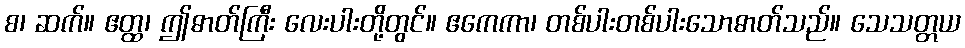
စ၊ ဆက်။ ဧတ္ထ၊ ဤဓာတ်ကြီး လေးပါးတို့တွင်။ ဧကေကာ၊ တစ်ပါးတစ်ပါးသောဓာတ်သည်။ သေသတ္တယ